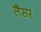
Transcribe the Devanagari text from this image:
लैसर